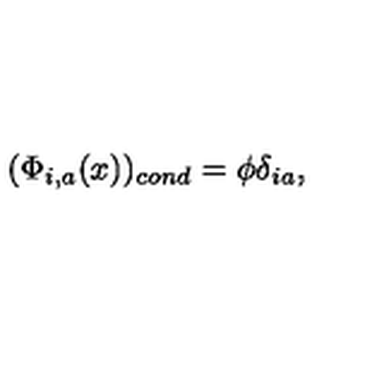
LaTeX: ( \Phi _ { i , a } ( x ) ) _ { c o n d } = \phi \delta _ { i a } ,